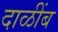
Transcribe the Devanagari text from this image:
दाळींब